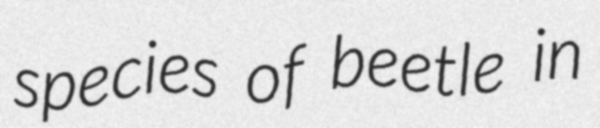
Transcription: species of beetle in